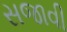
સજાવી